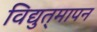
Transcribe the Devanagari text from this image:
विद्युत्‌मापन